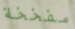
مفخخة